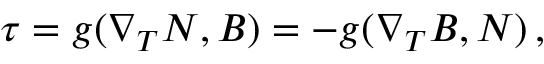
\tau = g ( \nabla _ { T } N , B ) = - g ( \nabla _ { T } B , N ) \, ,